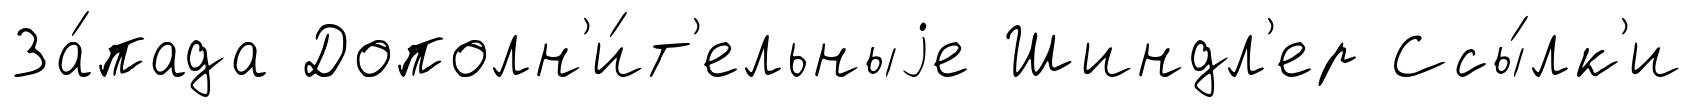
За́пада Дополн'и́т'ельныjе Шиндл'ер Ссы́лк'и